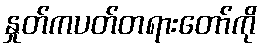
နှုတ်ကပတ်တရားတော်ကို